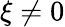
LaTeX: \xi\ne 0